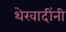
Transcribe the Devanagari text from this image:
थेरवादींनी